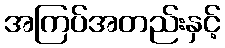
အကြပ်အတည်းနှင့်